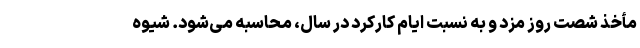
مأخذ شصت روز مزد و به نسبت ایام کارکرد در سال، محاسبه می‌شود. شیوه